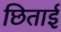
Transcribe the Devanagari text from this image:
छिताई